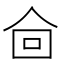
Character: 𰁿